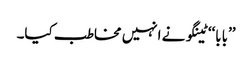
’’بابا‘‘ ٹینگو نے انہیں مخاطب کیا۔